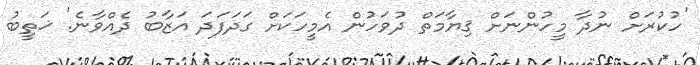
'ހުކުރަށް ނުދާ މީހުންނަށް ޤިޔާމަތް ދުވަހުން އެމީހަކަށް ގަދަފަދަ އަޒާބު ދެއްވާނެ.' ޚަތީބު